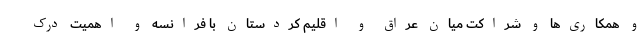
و همکاری‌ها و شراکت میان عراق و اقلیم کردستان با فرانسه و اهمیت درک